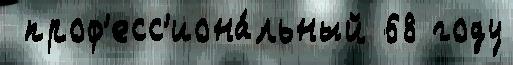
 проф'есс'иона́льный 68 году